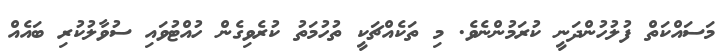
މަސައްކަތް ފުލުހުންދަނީ ކުރަމުންނެވެ. މި ތަކެއްޗަކީ ތުހުމަތު ކުރެވިގެން ހުއްޓުވައި ސުވާލުކުރި ބައެއް